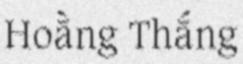
Hoằng Thắng